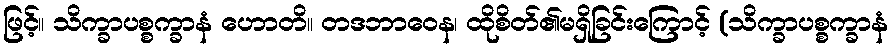
ဖြင့်။ သိက္ခာပစ္စက္ခာနံ ဟောတိ။ တဒဘာဝေန၊ ထိုစိတ်၏မရှိခြင်းကြောင့် (သိက္ခာပစ္စက္ခာနံ